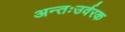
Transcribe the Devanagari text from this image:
अन्तःउर्वरक